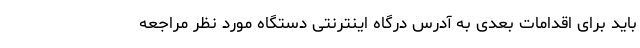
باید برای اقدامات بعدی به آدرس درگاه اینترنتی دستگاه مورد نظر مراجعه